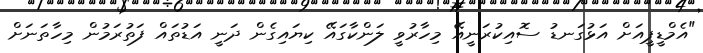
"އެމްޑީޕީއަށް އަޅުގަނޑު ސޮއިކުރަނީއޭ މިހާރުވީ ލަންކާގައޭ ކިޔައިގެން ދަނީ އަޑުތައް ފަތުރަމުން މިހާތަނަށް